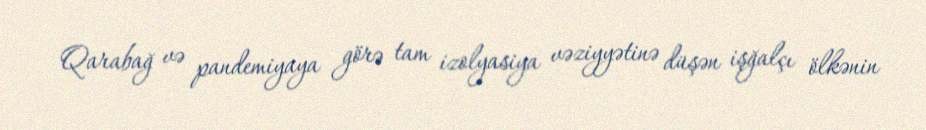
Qarabağ və pandemiyaya görə tam izolyasiya vəziyyətinə düşən işğalçı ölkənin